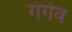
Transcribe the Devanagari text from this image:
गंगेव